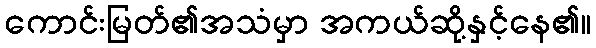
ကောင်းမြတ်၏အသံမှာ အကယ်ဆို့နှင့်နေ၏။